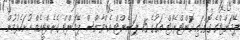
ޕޭމަންޓްގެ ގޮތުގައި ކޮންޓްރެކްޓް އަގުގެ 15 ޕަސެންޓް އެޑްވާންސް ޕޭމަންޓް ގެރެންޓީއެއް ހުށަހެޅުމުން